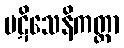
ပဋိသေနိကတ္တာ